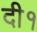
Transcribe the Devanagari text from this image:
दी१